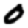
Digit: 0